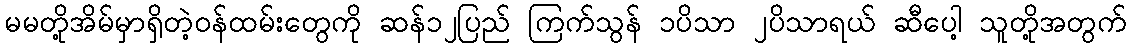
မမတို့အိမ်မှာရှိတဲ့ဝန်ထမ်းတွေကို ဆန်၁၂ပြည် ကြက်သွန် ၁ပိသာ ၂ပိသာရယ် ဆီပေါ့ သူတို့အတွက်